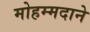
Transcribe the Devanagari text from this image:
मोहम्मदाने